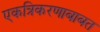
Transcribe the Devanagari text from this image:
एकत्रिकरणाबाबत